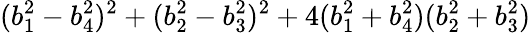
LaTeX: (b_{1}^{2}-b_{4}^{2})^{2}+(b_{2}^{2}-b_{3}^{2})^{2}+4(b_{1}^{2}+b_{4}^{2})(b_{2}^{2}+b_{3}^{2})